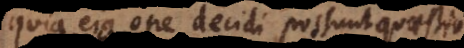
quia ejus ope decidi possunt quaestio